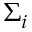
\Sigma _ { i }